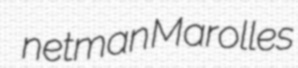
netman Marolles